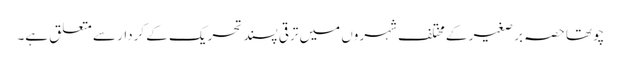
چوتھا حصہ بر صغیر کے مختلف شہروں میں ترقی پسند تحریک کے کردار سے متعلق ہے۔